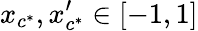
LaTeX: x_{c^{*}},x_{c^{*}}^{\prime}\in[-1,1]